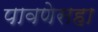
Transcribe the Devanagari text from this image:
पावणेसहा